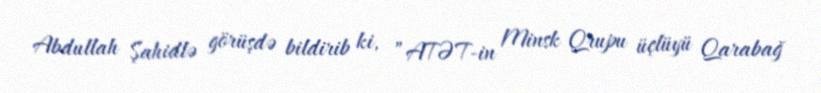
Abdullah Şahidlə görüşdə bildirib ki, ”ATƏT-in Minsk Qrupu üçlüyü Qarabağ